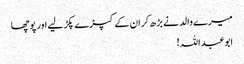
میرے والد نے بڑھ کر ان کے کپڑے پکڑ لیے اور پوچھا
ابوعبداللہ!